Report on vaccination in the Province of Bengal - 1874-1889
Year: 1874
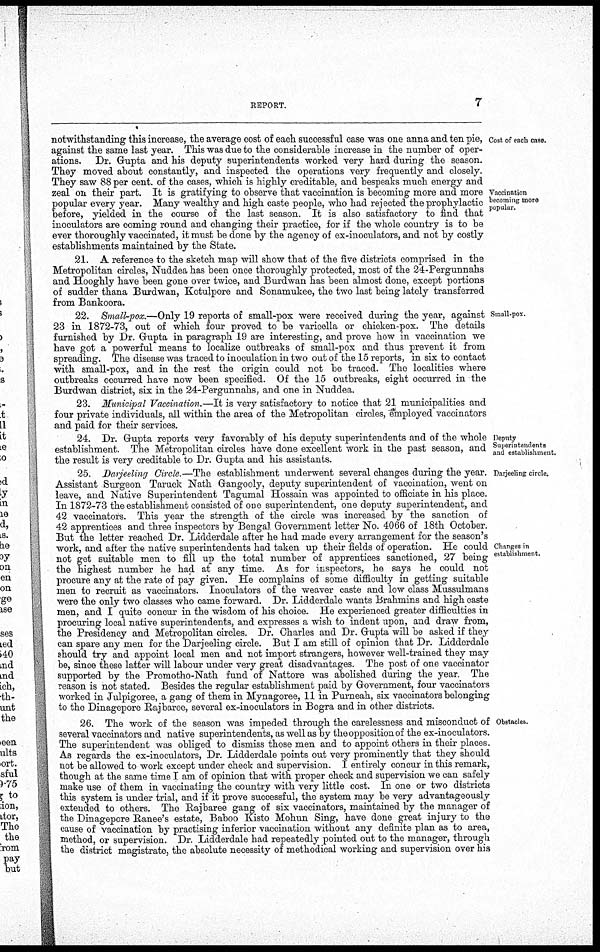
REPORT.
7
Cost of each case.
Vaccination
becoming more
popular.
notwithstanding this increase, the average cost of each successful case was one anna and ten pie,
against the same last year. This was due to the considerable increase in the number of oper-
ations. Dr. Gupta and his deputy superintendents worked very hard during the season.
They moved about constantly, and inspected the operations very frequently and closely.
They saw 88 per cent. of the cases, which is highly creditable, and bespeaks much energy and
zeal on their part. It is gratifying to observe that vaccination is becoming more and more
popular every year. Many wealthy and high caste people, who had rejected the prophylactic
before, yielded in the course of the last season. It is also satisfactory to find that
incoulators are coming round and changing their practice, for if the whole country is to be
ever thoroughly vaccinated, it must be done by the agency of ex-inoculators, and not by costly
establishments maintained by the State.
21. A reference to the sketch map will show that of the five districts comprised in the
Metropolitan circles, Nuddea has been once thoroughly protected, most of the 24-Pergunnahs
and Hooghly have been gone over twice, and Burdwan has been almost done, except portions
of sudder thana Burdwan, Kotulpore and Sonamukee, the two last being lately transferred
from Bankoora.
Small-pox.
22. Small-pox.—Only 19 reports of small-pox were received during the year, against
23 in 1872-73, out of which four proved to be varicella or chicken-pox. The details
furnished by Dr. Gupta in paragraph 19 are interesting, and prove how in vaccination we
have got a powerful means to localize outbreaks of small-pox and thus prevent it from
spreading. The disease was traced to inoculation in two out of the 15 reports, in six to contact
with small-pox, and in the rest the origin could not be traced. The localities where
outbreaks occurred have now been specified. Of the 15 outbreaks, eight occurred in the
Burdwan district, six in the 24-Pergunnahs, and one in Nuddea.
23. Municipal Vaccination.—It is very satisfactory to notice that 21 municipalities and
four private individuals, all within the area of the Metropolitan circles, 'employed vaccinators
and paid for their services.
Deputy
Superintendents
and establishment.
24. Dr. Gupta reports very favorably of his deputy superintendents and of the whole
establishment. The Metropolitan circles have done excellent work in the past season, and
the result is very creditable to Dr. Gupta and his assistants.
Darjeeling circle.
Changes in
establishment.
25. Darjeeling Circle.—The establishment underwent several changes during the year.
Assistant Surgeon Taruck Nath Gangooly, deputy superintendent of vaccination, went on
leave, and Native Superintendent Tagumal Hossain was appointed to officiate in his place.
In 1872-73 the establishment consisted of one superintendent, one deputy superintendent, and
42 vaccinators. This year the strength of the circle was increased by the sanction of
42 apprentices and three inspectors by Bengal Government letter No. 4066 of 18th October.
But the letter reached Dr. Lidderdale after he had made every arrangement for the season's
work, and after the native superintendents had taken up their fields of operation. He could
not get suitable men to fill up the total number of apprentices sanctioned, 27 being
the highest number he had at any time. As for inspectors, he says he could not
procure any at the rate of pay given. He complains of some difficulty in getting suitable
men to recruit as vaccinators. Inoculators of the weaver caste and low class Mussulmans
were the only two classes who came forward. Dr. Lidderdale wants Brahmins and high caste
men, and I quite concur in the wisdom of his choice. He experienced greater difficulties in
procuring local native superintendents, and expresses a wish to indent upon, and draw from,
the Presidency and Metropolitan circles. Dr. Charles and Dr. Gupta will be asked if they
can spare any men for the Darjeeling circle. But I am still of opinion that Dr. Lidderdale
should try and appoint local men and not import strangers, however well-trained they may
be, since these latter will labour under very great disadvantages. The post of one vaccinator
supported by the Promotho-Nath fund of Nattore was abolished during the year The
reason is not stated. Besides the regular establishment paid by Government, four vaccinators
worked in Julpigoree, a gang of them in Mynagoree, 11 in Purneah, six vaccinators belonging
to the Dinagepore Rajbaree, several ex-inoculators in Bogra and in other districts.
Obstacles.
26. The work of the season was impeded through the carelessness and misconduct of
several vaccinators and native superintendents, as well as by the opposition of the ex-inoculators.
The superintendent was obliged to dismiss those men and to appoint others in their places.
As regards the ex-inoculators, Dr. Lidderdale points out very prominently that they should
not be allowed to work except under check and supervision. I entirely concur in this remark,
though at the same time I am of opinion that with proper check and supervision we can safely
make use of them in vaccinating the country with very little cost. In one or two districts
this system is under trial, and if it prove successful, the system may be very advantageously
extended to others. The Rajbaree gang of six vaccinators, maintained by the manager of
the Dinagepore Ranee's estate, Baboo Kisto Mohun Sing, have done great injury to the
cause of vaccination by practising inferior vaccination without any definite plan as to area,
method, or supervision. Dr. Lidderdale had repeatedly pointed out to the manager, through
the district magistrate, the absolute necessity of methodical working and supervision over his